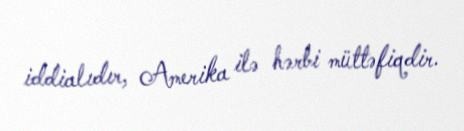
iddialıdır, Amerika ilə hərbi müttəfiqdir.